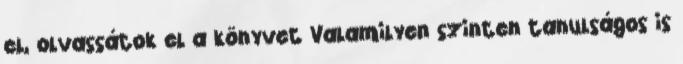
el, olvassátok el a könyvet Valamilyen szinten tanulságos is